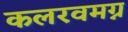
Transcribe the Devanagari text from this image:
कलरवमग्न